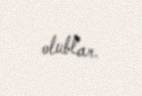
olublar.